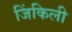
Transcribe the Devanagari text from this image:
जिंकिली